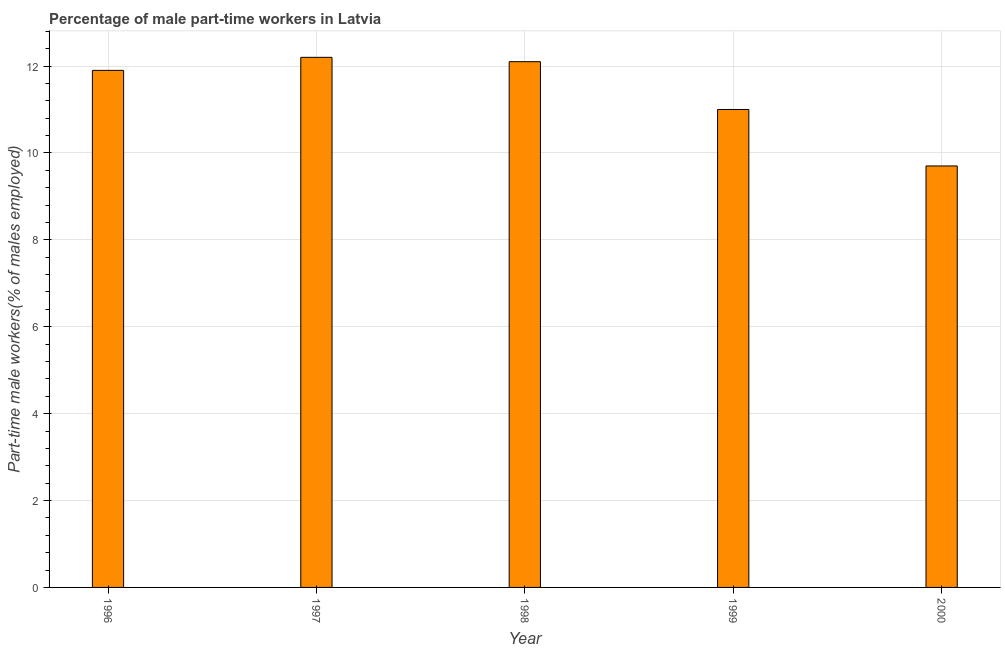
| Year | Part time employment |
 | --- | --- |
 | 1996 | 11.9 |
 | 1997 | 12.2 |
 | 1998 | 12.1 |
 | 1999 | 11 |
 | 2000 | 9.7 |